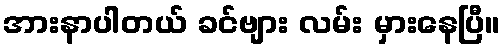
အားနာပါတယ် ခင်ဗျား လမ်း မှားနေပြီ။